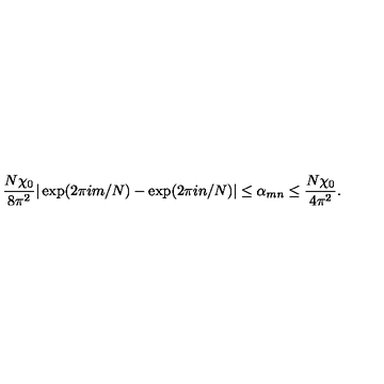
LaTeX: \frac { N \chi _ { 0 } } { 8 \pi ^ { 2 } } | \exp ( 2 \pi i m / N ) - \exp ( 2 \pi i n / N ) | \leq \alpha _ { m n } \leq \frac { N \chi _ { 0 } } { 4 \pi ^ { 2 } } .